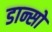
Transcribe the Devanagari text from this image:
डान्सो